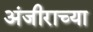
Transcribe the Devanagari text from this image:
अंजीराच्या